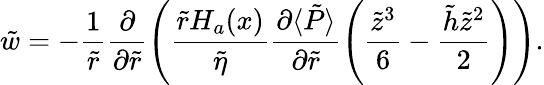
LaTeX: \tilde{w}=-\frac{1}{\tilde{r}}\frac{\partial}{\partial\tilde{r}}\left(\frac{\tilde{r}H_{a}(x)}{\tilde{\eta}}\frac{\partial\langle\tilde{P}\rangle}{\partial\tilde{r}}\left(\frac{\tilde{z}^{3}}{6}-\frac{\tilde{h}\tilde{z}^{2}}{2}\right)\right).